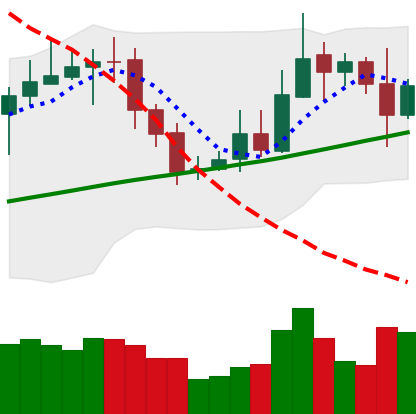
Ticker: XRP-USD
Chart end date: 2020-10-27
Forward return: -5.181%
Label: down_5_7